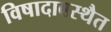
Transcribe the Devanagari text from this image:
विषादावस्थैत